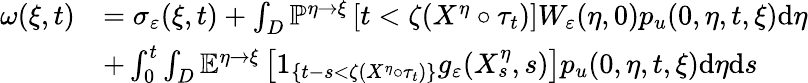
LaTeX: \begin{array}{rl}{\omega(\xi,t)}&{=\sigma_{\varepsilon}(\xi,t)+\int_{D}\mathbb{P}^{\eta\rightarrow\xi}\left[t<\zeta(X^{\eta}\circ\tau_{t})\right]W_{\varepsilon}(\eta,0)p_{u}(0,\eta,t,\xi)\textrm{d}\eta}\\ &{+\int_{0}^{t}\int_{D}\mathbb{E}^{\eta\rightarrow\xi}\left[1_{\{ t-s<\zeta(X^{\eta}\circ\tau_{t})\} }g_{\varepsilon}(X_{s}^{\eta},s)\right]p_{u}(0,\eta,t,\xi)\textrm{d}\eta\textrm{d}s}\end{array}